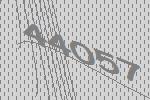
44057